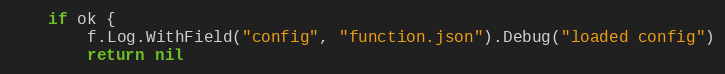
Language: Go
	if ok {
		f.Log.WithField("config", "function.json").Debug("loaded config")
		return nil